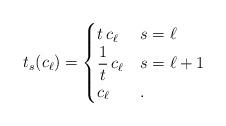
LaTeX: \begin{align*} t_s(c_{\ell}) = \begin{cases} t \, c_{\ell} & s=\ell \\ \displaystyle{\frac{1}{t}}\, c_{\ell} & s=\ell +1\\ c_{\ell} & . \end{cases}\end{align*}